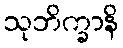
သုဘိက္ခာနိ